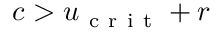
c > u _ { \mathrm { ~ c ~ r ~ i ~ t ~ } } + r